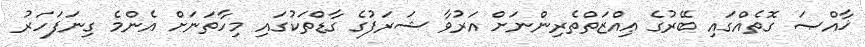
ޚާއްޞަ ގޮތެއްގައި ބޭރުގެ ޢިއްޒަތްތެރިންނަށް އަރުވާ ޝަރަފުގެ ގާޑްތަކުގައި މިހާތަނަށް އެންމެ ގިނަފަހަރު